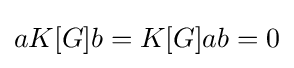
aK[G]b=K[G]ab=0